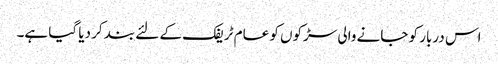
اس دربار کو جانے والی سڑکوں کو عام ٹریفک کے لئے بند کر دیا گیا ہے۔